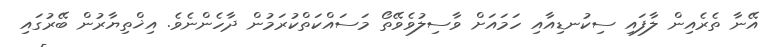
އޭނާ ތެރެއިން ލާފައި ސިކުނޑިއާއި ހަމައަށް ވާސިލުވެވޭތޯ މަސައްކަތްކުރަމުން ދާހެންނެވެ. އިޚްތިޔާރުން ބޭރުގައި